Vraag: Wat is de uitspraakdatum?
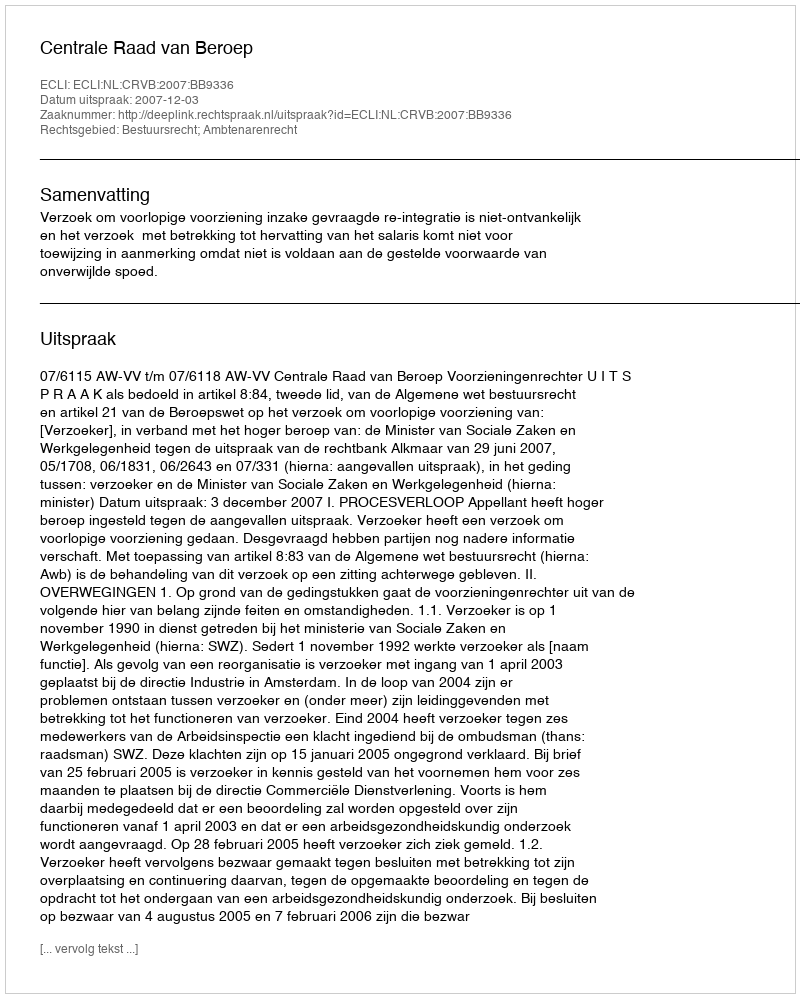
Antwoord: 2007-12-03